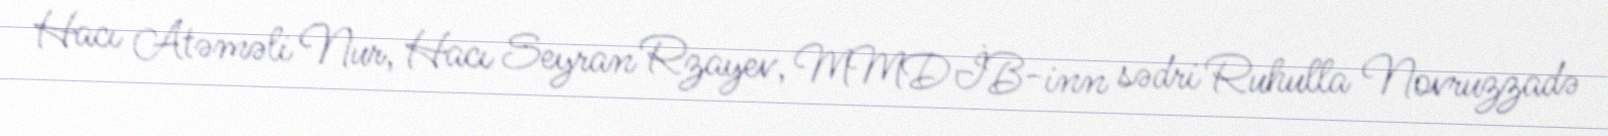
Hacı Atəməli Nur, Hacı Seyran Rzayev, MMDİB-inn sədri Ruhulla Novruzzadə